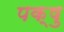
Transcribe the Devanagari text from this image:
पक्षु